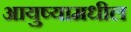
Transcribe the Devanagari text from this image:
आयुष्यामधील